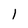
Character: 1